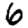
Digit: 6